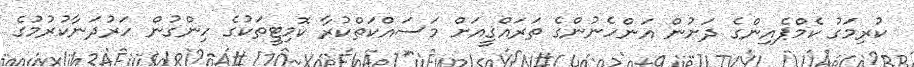
ކުރިމަގު ކެމްޕެއިންގެ ދަށުން އަންހެނުންގެ ތަރައްޤީއަށް މަސައްކަތްކުރާ ކޮމިޓީތަކުގެ ހިންގުން ހަރުދަނާކުރުމުގެ